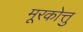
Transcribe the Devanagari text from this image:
मूरकोत्तु